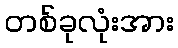
တစ်ခုလုံးအား